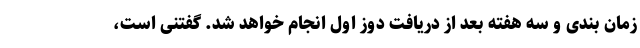
زمان بندی و سه هفته بعد از دریافت دوز اول انجام خواهد شد. گفتنی است،